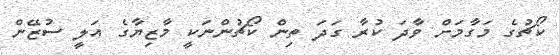
ކޯޗުގެ މަގާމަށް ވާދަ ކުރާ ގަދަ ތިން ކޯޗުންނަކީ މާޒިޔާގެ އަލީ ސުޒޭން